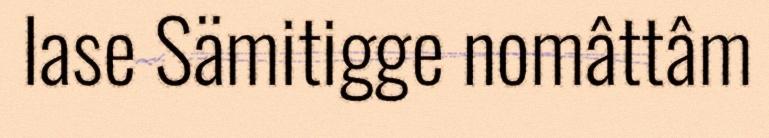
lase Sämitigge nomâttâm